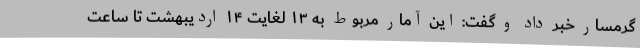
گرمسار خبر داد و گفت: این آمار مربوط به ۱۳ لغایت ۱۴ اردیبهشت تا ساعت